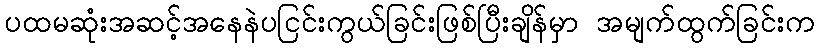
ပထမဆုံးအဆင့်အနေနဲပငြင်းကွယ်ခြင်းဖြစ်ပြီးချိန်မှာ အမျက်ထွက်ခြင်းက